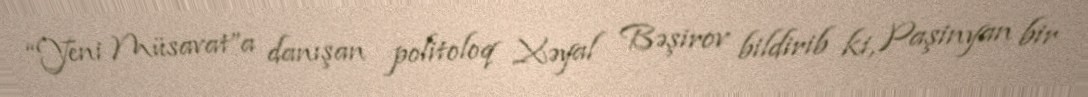
“Yeni Müsavat”a danışan politoloq Xəyal Bəşirov bildirib ki, Paşinyan bir